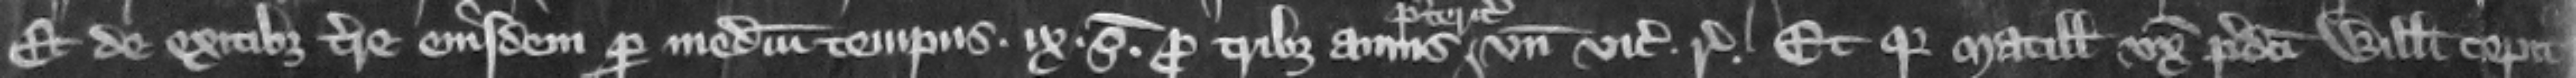
et de exitibus terre eiusdem per medium tempus .ix. s. pro tribus annis vnde vicecomes respondeat. Et quia Matillis vxor predicti Willelmi cepit